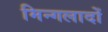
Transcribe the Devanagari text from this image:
मिन्गलादों